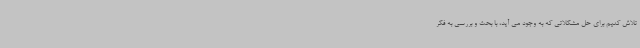
تلاش کنیم برای حل مشکلاتی که به وجود می آید، با بحث و بررسی به فکر